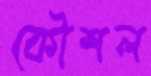
কৌশল